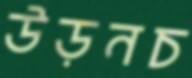
উড়নচ